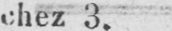
chez 3.